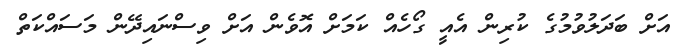
އަށް ބަދަލުވުމުގެ ކުރިން އެއީ ގޯހެއް ކަމަށް އޮވެން އަށް ވިސްނައިދޭން މަސައްކަތް